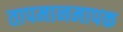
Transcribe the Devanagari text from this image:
तापमानमापक